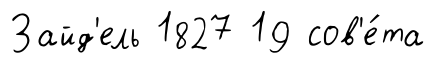
Зайд'ель 1827 19 сов'е́та